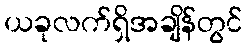
ယခုလက်ရှိအချိန်တွင်